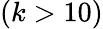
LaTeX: (k>10)